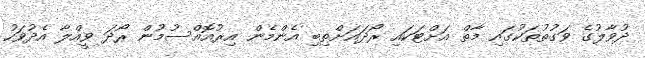
ދުވާލުގެ ވަގުތުތަކުގައި މާތް އަށްޓަކައި ރޯދައަށްތިބި އެންމެން އިރުއޮއްސުމުން ރޯދަ ވީއްލާ އެދުވަހު